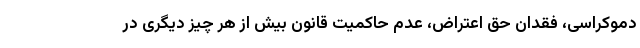
دموکراسی، فقدان حق اعتراض، عدم حاکمیت قانون بیش از هر چیز دیگری در